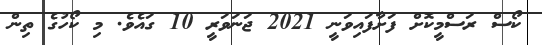
ކޯސް ރަސްމީކޮށް ފަށާފައިވަނީ 2021 ޖަނަވަރީ 10 ގައެވެ. މި ކޯހުގެ ތިން